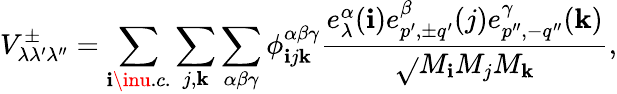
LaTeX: V_{\lambda\lambda^{\prime}\lambda^{\prime\prime}}^{\pm}=\sum_{\mathbf{i}\inu.c.}\sum_{j,\mathbf{k}}\sum_{\alpha\beta\gamma}\phi_{\mathbf{i}j\mathbf{k}}^{\alpha\beta\gamma}\frac{{e_{\lambda}^{\alpha}(\mathbf{i})e_{p^{\prime},{\pm}q^{\prime}}^{\beta}(j)e_{p^{\prime\prime},-q^{\prime\prime}}^{\gamma}(\mathbf{k})}}{{\sqrt{}{{M_{\mathbf{i}}M_{j}M_{\mathbf{k}}}}}},